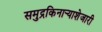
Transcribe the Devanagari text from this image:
समुद्रकिनार्‍याशेजारी